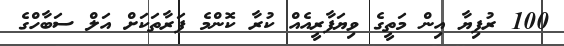
100 ރުފިޔާ އިން މަތީގެ ވިޔަފާރީއެއް ކުރާ ކޮންމެ ފަރާތަކަށް އަލް ސަބާހްގެ